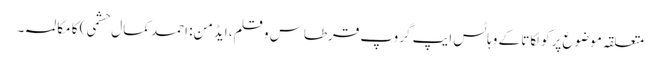
متعلقہ موضوع پر کولکاتا کے وہاٹس ایپ گروپ قرطاس و قلم، ایڈمن: احمد کمال حشمی) کا مکالمہ۔